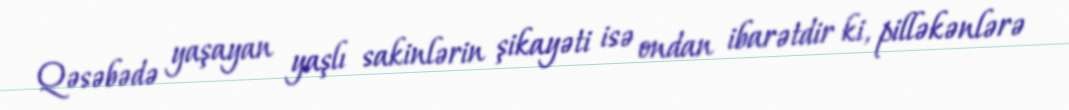
Qəsəbədə yaşayan yaşlı sakinlərin şikayəti isə ondan ibarətdir ki, pilləkənlərə